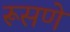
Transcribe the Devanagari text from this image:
रूसणे